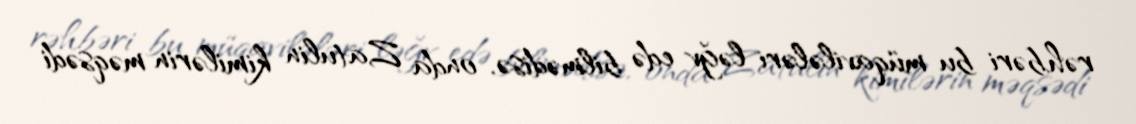
rəhbəri bu müqavilələri ləğv edə bilmədisə, onda Zatulin kimilərin məqsədi